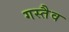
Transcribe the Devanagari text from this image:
गस्तैव